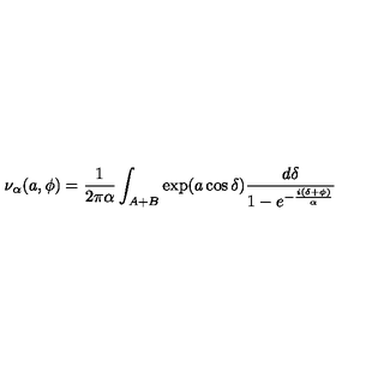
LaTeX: \nu _ { \alpha } ( a , \phi ) = { \frac { 1 } { 2 \pi \alpha } } \int _ { A + B } \exp ( a \cos \delta ) { \frac { d \delta } { 1 - e ^ { - { \frac { i ( \delta + \phi ) } { \alpha } } } } }